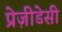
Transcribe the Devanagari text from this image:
प्रेज़ीडेसी